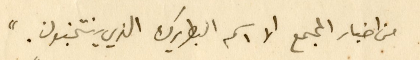
من اخبار المجمع الا اسم البطريرك الذي ينتخبون."